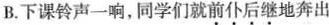
B.下课铃声一响，同学们就前仆后继地奔出